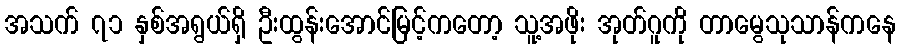
အသက် ၇၁ နှစ်အရွယ်ရှိ ဦးထွန်းအောင်မြင့်ကတော့ သူ့အဖိုး အုတ်ဂူကို တာမွေသုသာန်ကနေ